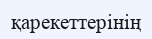
қарекеттерінің